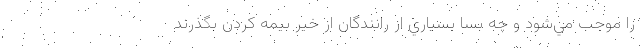
را موجب مي‌شود و چه بسا بسياري از رانندگان از خير بيمه كردن بگذرند